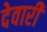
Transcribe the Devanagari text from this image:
देवारी